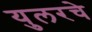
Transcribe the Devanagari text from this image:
युलरचे